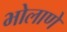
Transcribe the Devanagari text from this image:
भोलाणे